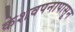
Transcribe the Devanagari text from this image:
केशवपनापासून